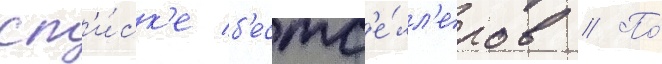
сп'и́ск'е б'естс'е́лл'еров // По́